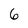
Character: 6